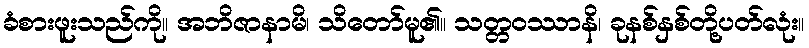
ခံစားဖူးသည်ကို။ အဘိဇာနာမိ၊ သိတော်မူ၏။ သတ္တဝဿာနိ၊ ခုနစ်နှစ်တို့ပတ်လုံး။